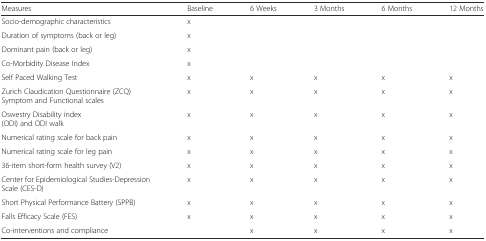
<table><thead><tr><td><b>Measures</b></td><td><b>Baseline</b></td><td><b>6 Weeks</b></td><td><b>3 Months</b></td><td><b>6 Months</b></td><td><b>12 Months</b></td></tr></thead><tbody><tr><td>Socio-demographic characteristics</td><td>x</td><td></td><td></td><td></td><td></td></tr><tr><td>Duration of symptoms (back or leg)</td><td>x</td><td></td><td></td><td></td><td></td></tr><tr><td>Dominant pain (back or leg)</td><td>x</td><td></td><td></td><td></td><td></td></tr><tr><td>Co-Morbidity Disease Index</td><td>x</td><td></td><td></td><td></td><td></td></tr><tr><td>Self Paced Walking Test</td><td>x</td><td>x</td><td>x</td><td>x</td><td>x</td></tr><tr><td>Zurich Claudication Questionnaire (ZCQ) Symptom and Functional scales</td><td>x</td><td>x</td><td>x</td><td>x</td><td>x</td></tr><tr><td>Oswestry Disability index (ODI) and ODI walk</td><td>x</td><td>x</td><td>x</td><td>x</td><td>x</td></tr><tr><td>Numerical rating scale for back pain</td><td>x</td><td>x</td><td>x</td><td>x</td><td>x</td></tr><tr><td>Numerical rating scale for leg pain</td><td>x</td><td>x</td><td>x</td><td>x</td><td>x</td></tr><tr><td>36-item short-form health survey (V2)</td><td>x</td><td>x</td><td>x</td><td>x</td><td>x</td></tr><tr><td>Center for Epidemiological Studies-Depression Scale (CES-D)</td><td>x</td><td>x</td><td>x</td><td>x</td><td>x</td></tr><tr><td>Short Physical Performance Battery (SPPB)</td><td>x</td><td>x</td><td>x</td><td>x</td><td>x</td></tr><tr><td>Falls Efficacy Scale (FES)</td><td>x</td><td>x</td><td>x</td><td>x</td><td>x</td></tr><tr><td>Co-interventions and compliance</td><td></td><td>x</td><td>x</td><td>x</td><td>x</td></tr></tbody></table>